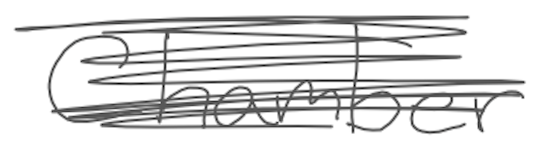
Text: Chamber
Cross-out: scratch
Writing tool: digital_gray